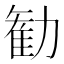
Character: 勧